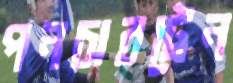
পনচারট্রেন